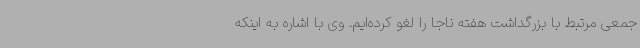
جمعی مرتبط با بزرگداشت هفته ناجا را لغو کرده‌ایم. وی با اشاره به اینکه